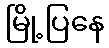
မြို့ပြနေ